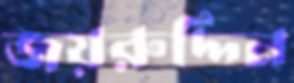
জয়রুদ্দিন